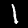
Label: 1